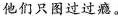
他们只图过过瘾。